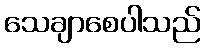
သေချာစေပါသည်